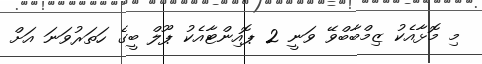
މި މޮޅާއެކު ޒިމްބާބްވޭ ވަނީ 2 ޕޮއިންޓާއެކު ޕޫލް ބީގެ ހަތަރުވަނަ އަށް